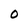
Character: O